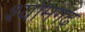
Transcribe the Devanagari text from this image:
श्यामगढ़